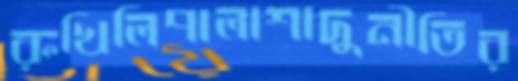
রুখিলিপালাশাদুনীতির